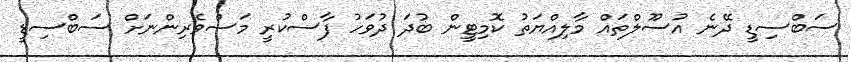
ސަބްސިޑީ ދޭނެ އުސޫލްތައް މާލިއްޔަތު ކޮމިޓީން ބުދަ ދުވަހު ފާސްކުރީ މަސްވެރިންނަށް ސަބްސިޑީ